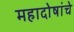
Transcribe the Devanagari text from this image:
महादोषांचे